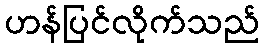
ဟန်ပြင်လိုက်သည်